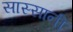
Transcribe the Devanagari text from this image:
सास्सानी